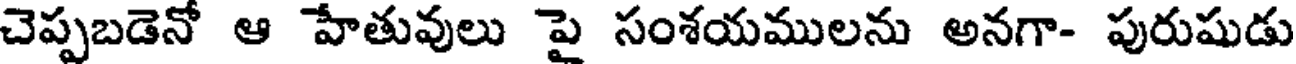
చెప్పబడెనో ఆ హేతువులు పై సంశయములను అనగా- పురుషుడు